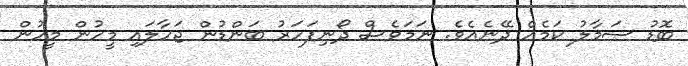
ބޮޑު ސަމާލު ކަމެއް ދޭނެއެވެ. ނަމަވެސް ދޯނިފަހަރު ބަންޑުން ޖަހާލައި މީހުން މީހުން